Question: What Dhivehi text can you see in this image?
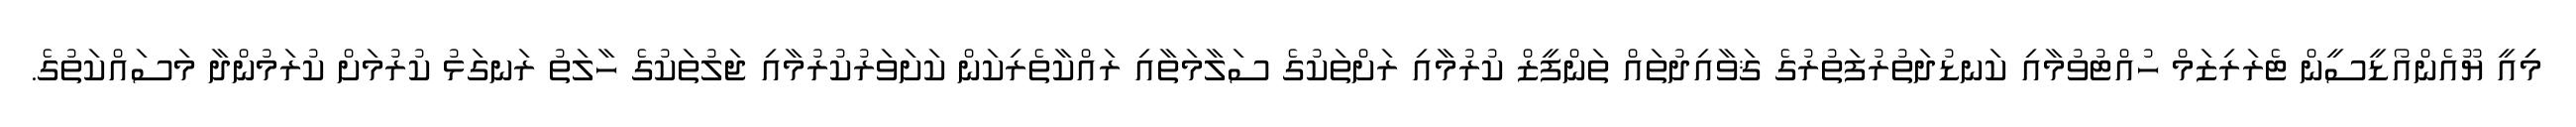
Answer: މިިއީ ޔޫއެންއޯޑީސީން ޓެރަރިޒަމް ހުއްޓުވުމާއި ކަނޑުދަތުރުފަތުރުގެ ޤަވާއިދުތައް ތަންފީޒް ކުރުމާއި ރަށްތަކުގެ ސަލާމަތާއި ރައްކާތެރިކަން ކަށަވަރުކުރުމާއި ޖަލުތަކުގެ ހާލަތު ރަނގަޅު ކުރުމަށް ކުރަމުންދާ މަސައްކަތުގެ.